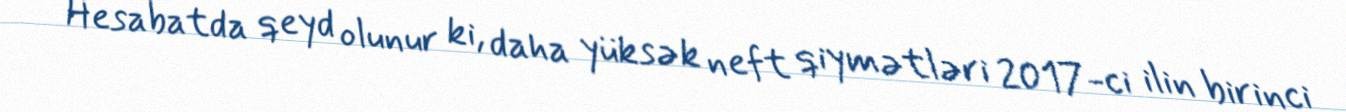
Hesabatda qeyd olunur ki, daha yüksək neft qiymətləri 2017-ci ilin birinci